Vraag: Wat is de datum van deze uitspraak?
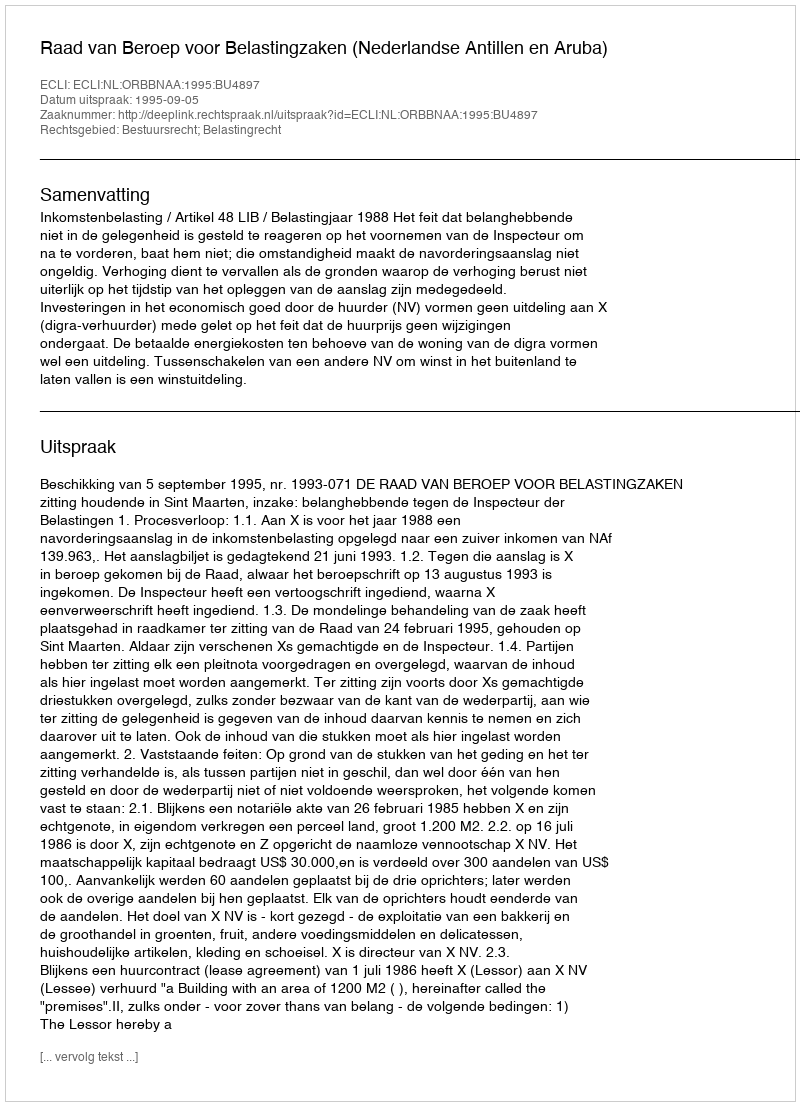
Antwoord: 1995-09-05